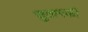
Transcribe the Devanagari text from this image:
सुतारकी